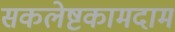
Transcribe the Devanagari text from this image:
सकलेष्टकामदाम